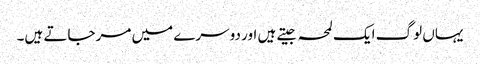
یہاں لوگ ایک لمحہ جیتے ہیں اور دوسرے میں مرجاتے ہیں۔